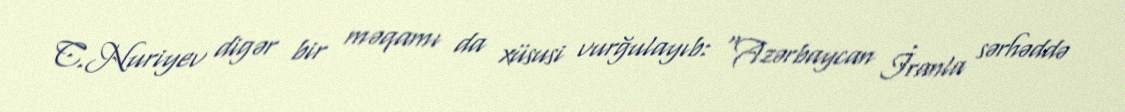
C.Nuriyev digər bir məqamı da xüsusi vurğulayıb: “Azərbaycan İranla sərhəddə